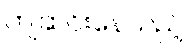
ကျဆင်းနေသည့်